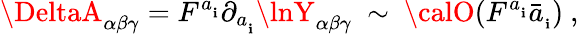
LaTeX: \DeltaA_{\alpha\beta\gamma}=F^{a_{_\mathbf{i}}}\partial_{a_{_\mathbf{i}}}\lnY_{\alpha\beta\gamma}~\sim~{\calO}(F^{a_{_\mathbf{i}}}\bar{{a}}_{_\mathbf{i}})~,